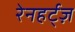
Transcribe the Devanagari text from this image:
रेनहर्ट्ज़